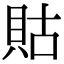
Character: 𧵑